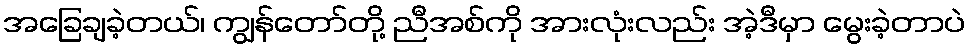
အခြေချခဲ့တယ်၊ ကျွန်တော်တို့ ညီအစ်ကို အားလုံးလည်း အဲ့ဒီမှာ မွေးခဲ့တာပဲ